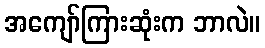
အကျော်ကြားဆုံးက ဘာလဲ။